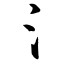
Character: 氵